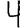
Digit: 4